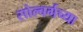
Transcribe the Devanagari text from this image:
सोल्बर्गच्या